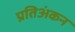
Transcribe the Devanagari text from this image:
प्रतिअंकन